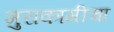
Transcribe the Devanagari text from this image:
मुराकामीचा